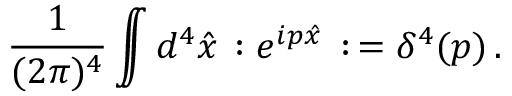
{ \frac { 1 } { ( 2 \pi ) ^ { 4 } } } \int \! \! \! \! \! \int d ^ { 4 } \hat { x } \, : e ^ { i p \hat { x } } \, : \, = \delta ^ { 4 } ( p ) \, .